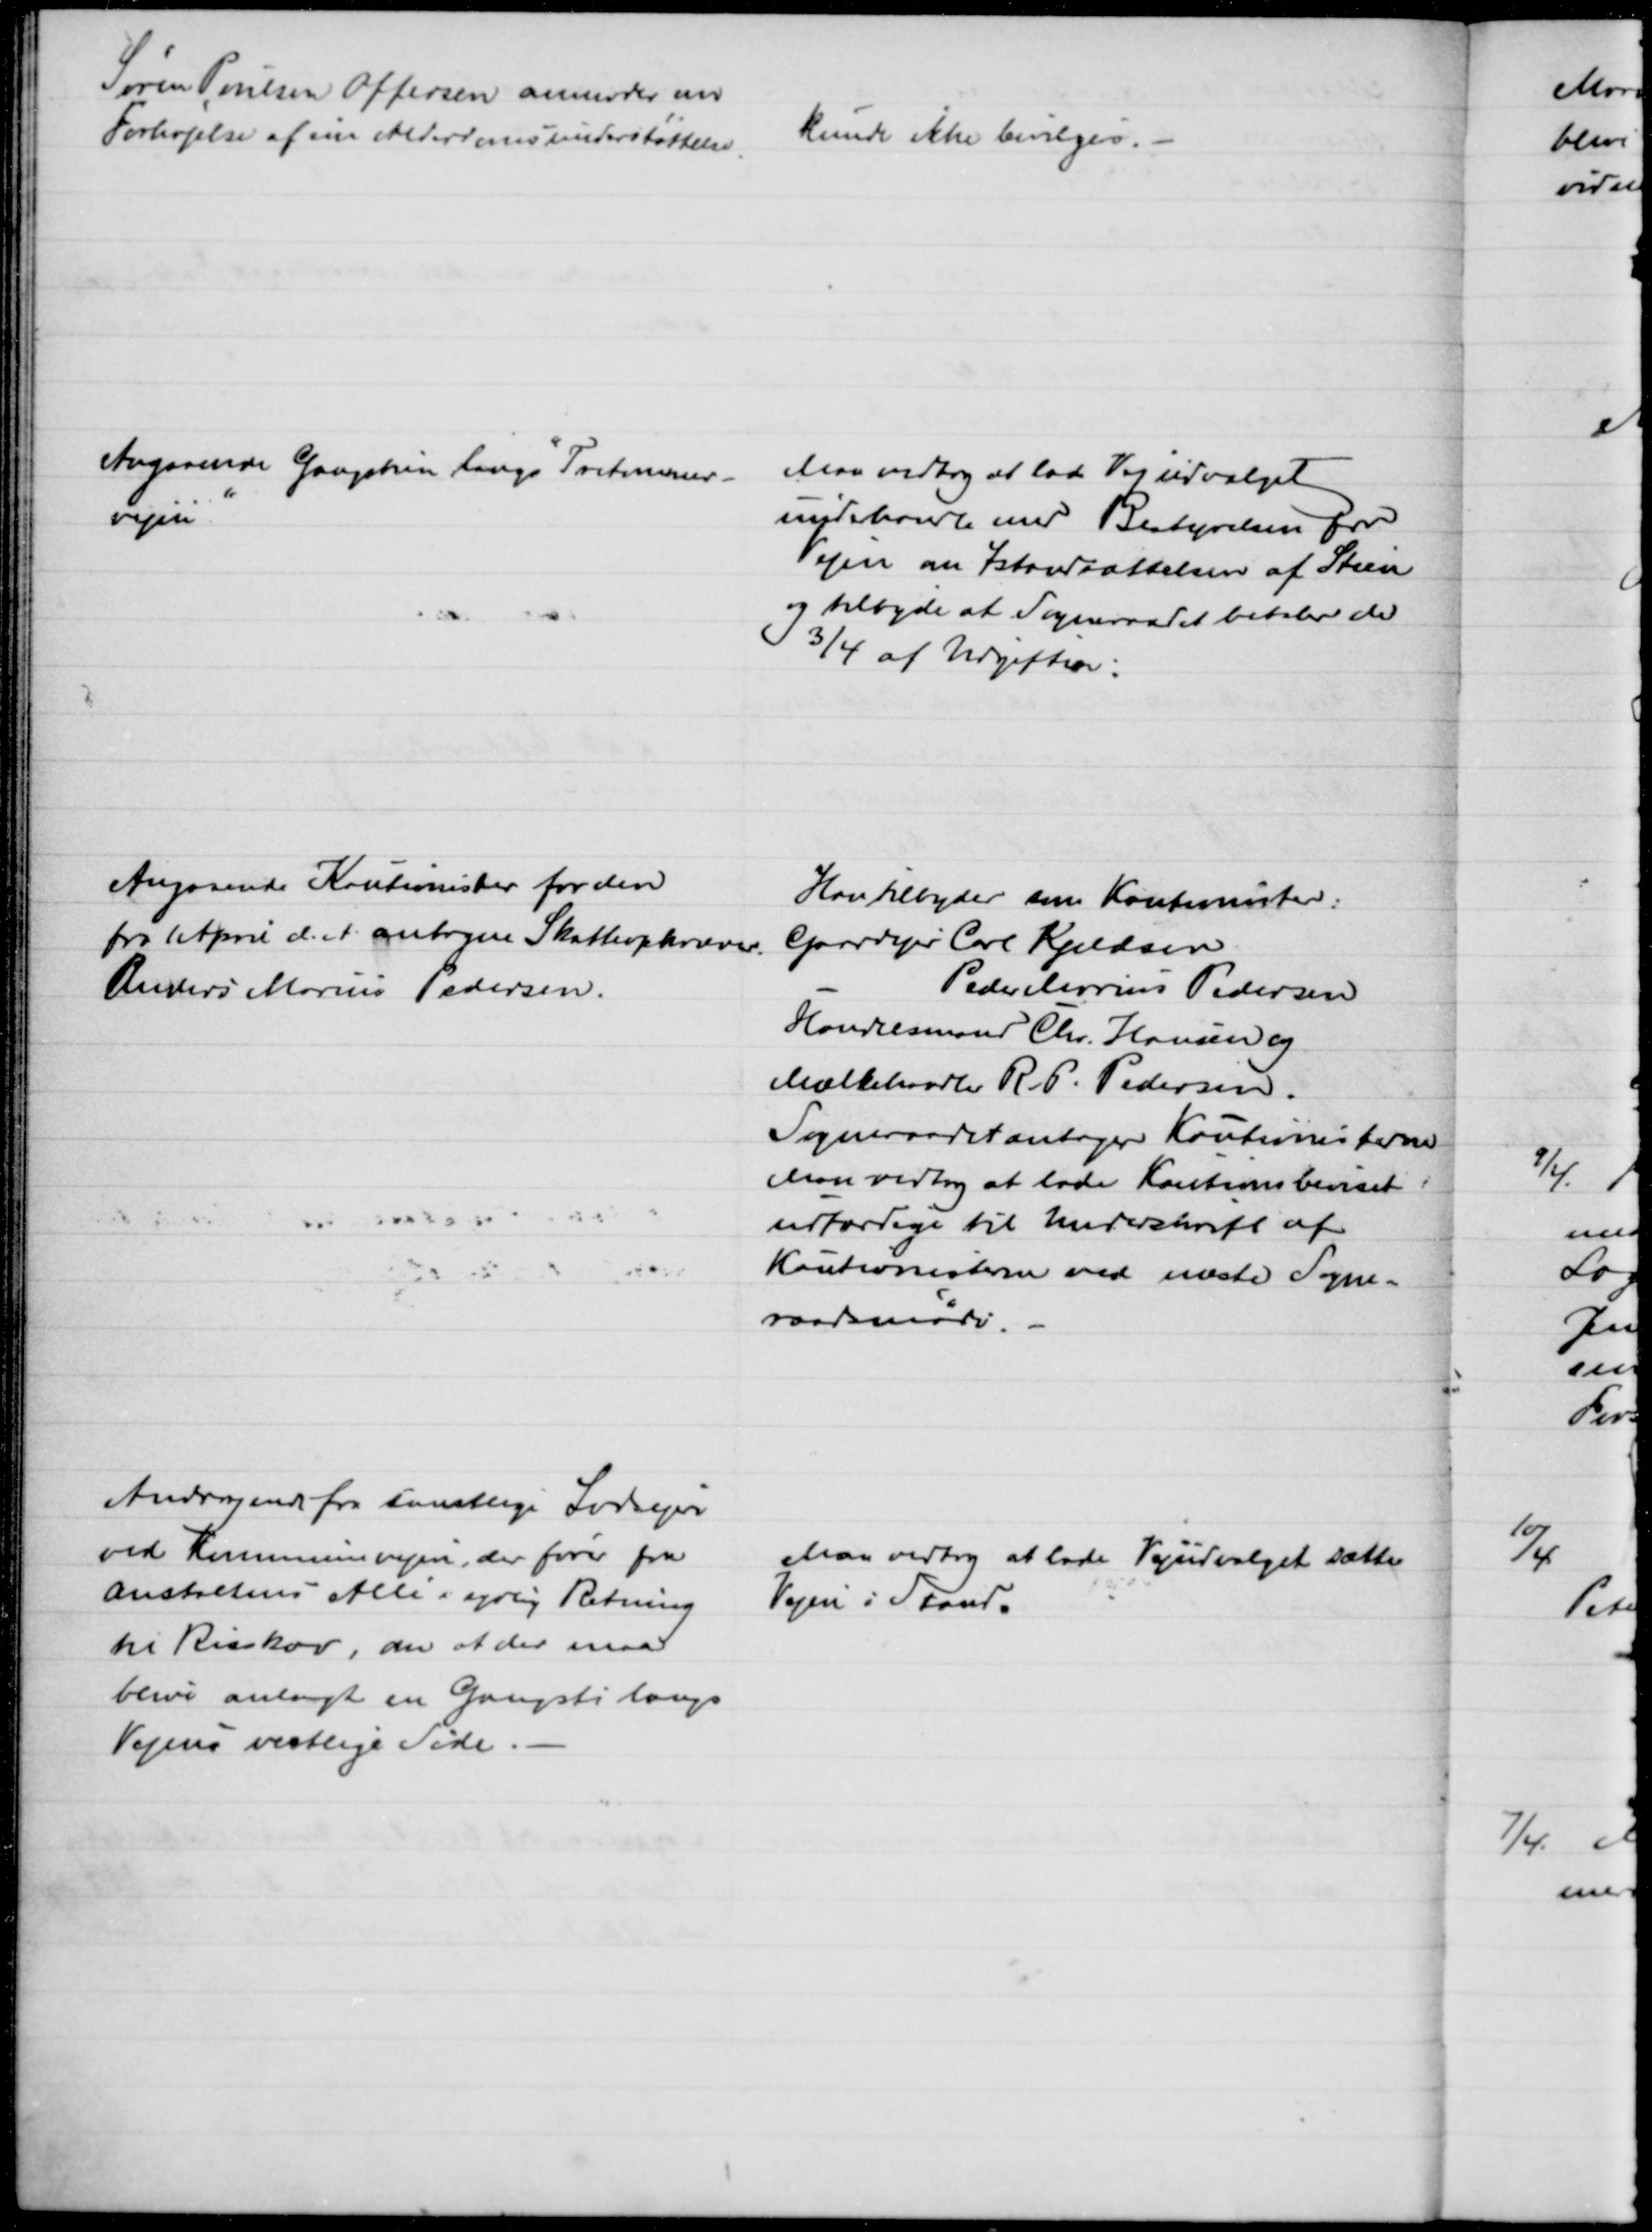
Transskription:
Søren Poulsen Offersen anmoder om
Forhøjelse af sin Alderdomsunderstøttelse
kunde ikke bevilgedes.
Angaaende Gangstien langs Tretommer-
vejen
Man vedtog at lade Vejudvalget
underhandle med Bestyrelsen for
Vejen om Istandsættelsen af Stien
og tilbyde at Sogneraadet betaler de
3/4 af Udgiften:
Angaaende Kautionister for den
fra 1 April d. A. antagne Skatteopkræver
Anders Marius Pedersen.
Han tilbyder som Kautionister:
Gaardejer Carl Kjeldsen
Peder Marius Pedersen
Handelsmand Chr. Hansen og
Mælkehandler R. P. Pedersen.
Sogneraadet antager Kautionisterne
Man vedtog at lade Kautionsbeviset 
udfærdige til Underskrift af 
Kautionisterne ved næste Sogne-
raadsmøde.
Andragende fra samtlige Lodsejere
ved Kommunevejen, der fører fra
Anstaltens Allé i sydlig Retning
ti Risskov, om at der maa
blive anlagt en Gangsti langs
Vejens vestlige Side.
Man vedtog at lade Vejudvalget sætte
Vejen i Stand.